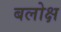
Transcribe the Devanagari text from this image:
बलोक्ष